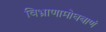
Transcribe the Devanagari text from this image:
विभ्राणामोघबाणं